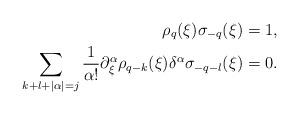
LaTeX: \begin{align*} \rho_q(\xi)\sigma_{-q}(\xi)=1, \\ \sum_{k+l+|\alpha|=j}\frac{1}{\alpha !}\partial_\xi^\alpha\rho_{q-k}(\xi)\delta^\alpha\sigma_{-q-l}(\xi)=0 . \end{align*}